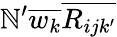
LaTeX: \mathbb{N}^{\prime}\overline{{{w_{k}}}}\overline{{{R_{ijk^{\prime}}}}}